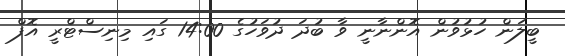
ބީލަން ހުޅުވުން އޮންނާނީ ވާ ބުދަ ދުވަހުގެ 14:00 ގައި މިނިސްޓްރީ އޮފް